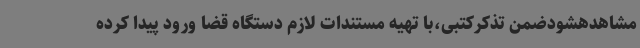
مشاهدهشودضمن تذکرکتبی،با تهیه مستندات لازم دستگاه قضا ورود پیدا کرده